Vaccine operations Central Provinces 1900-1911 - 1900-1911
Year: 1900
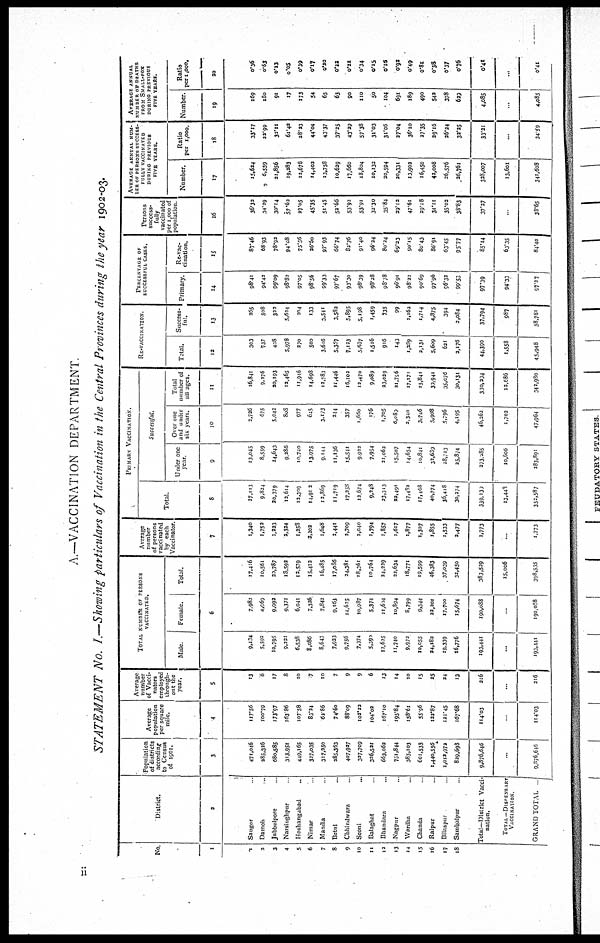
A.—VACCINATION DEPARTMENT.
STATEMENT No. I.—Showing particulars of Vaccination in the Central Provinces during the year 1902-03.
No
1
1
2
3
4
5
6
7
8
9
10
11
12
13
14
15
16
17
18
District.
2
Saugor ...
Damoh ...
Jubbulpore ...
Narsinghpur ...
Hoshangabad ...
Nimar ...
Mandla ...
Betul ...
Chhindwara ...
Seoni ...
Balaghat ...
Bhandara ...
Nagpur ...
Wardha ...
Chanda ...
Raipur ...
Bilaspur ...
Sambalpur ...
Total—District Vacci-
nation.
TOTAL—DISPENSARY
VACCINATION
GRAND TOTAL
Population
of districts
according
to Census
of 1901.
3
471,046
285,326
680,585
313,951
449,165
327,035
317,250
285,363
407,927
337,709
326,521
663,062
751,844
385,103
601,533
1,440,556
1,012,972
829,698
9,876,646
...
9,876,646
Average
population
per square
mile.
4
117.56
100.79
173.97
163.86
107.58
83.24
62.86
74.60
88.09
102.33
104.02
167.10
195.84
158.61
55.96
122.87
121.45
167.68
114.03
...
114.03
Average
number
of Vacci-
nators
employed
through-
out the
year.
5
13
6
17
8
10
7
10
7
9
9
6
13
14
10
15
25
24
13
216
...
216
TOTAL NUMBER OF PERSONS
VACCINATED.
Male
Female
Total.
6
9,434
5,592
10,795
9,231
6,538
8,086
8,643
7,933
9,756
7,374
5,390
12,625
11,740
9,972
10,055
24,183
19,339
16,776
193,441
...
193,111
7,983
4,969
9,992
9,371
6,041
7,326
7,842
9,163
14,625
10,987
5,374
11,604
10,894
8,799
9,544
23,201
17,700
15,674
190,088
...
190,088
17,416
10,561
30,787
18,592
12,579
15,412
16,485
17,086
24,381
18,361
10,764
24,229
22,634
18,771
19,599
46,383
37,039
32,450
383,529
15,006
398,535
Average
number
of persons
vaccinated
by each
Vaccinator.
7
1,340
1,752
1,223
2,324
1,258
3,202
1,648
2,441
2,709
2,040
1,794
1,857
1,617
1,877
1,307
1,855
1,533
2,477
1,773
...
1,773
PRIMARY VACCINATION.
Total.
8
17,113
9,824
20,379
13,614
13,309
14,912
12,869
11,719
17,258
12,674
9,248
23,313
22,491
17,483
17,468
40,774
36,418
30,274
339,130
13,443
352,587
Successful.
Under one
year.
9
13,045
8,559
14,643
9,286
10,740
13,975
9,144
11,136
15,541
9,922
7,954
21,062
15,507
14,654
10,841
32,639
28,713
25,874
273.285
10,606
283,891
Over one
and under
six years.
10
2,726
675
5,042
808
977
645
3,173
244
357
1,660
176
1,705
6,089
2,340
3,746
5,908
5,796
4,195
46,262
1,702
47,964
Total
number of
all ages.
11
16,841
9,276
20,193
12,465
11,946
14,698
12,783
11,446
16,102
12,470
9,089
23,029
21,796
17,171
15,841
39,941
35,076
30,131
330,204
12,686
342,980
RE-VACCINATION.
Total.
12
303
737
408
5,978
270
500
3,616
5,357
7,123
5,637
1,516
916
143
1,389
2,131
5,609
621
2,176
44,390
1,558
45,948
Success-
ful.
13
265
508
323
5,624
204
133
3,541
3,582
5,895
5,198
1,459
735
99
1,162
1,714
4,875
394
2,084
37,794
987
38,781
PERCENTAGE OF
SUCCESSFUL CASES.
Primary.
14
98.41
94.42
99.09
98.83
97.05
98.56
99.33
97.67
93.30
98.39
98.28
98.78
96.91
98.33
90.69
97.96
96.32
99.53
97.39
94.33
97.37
Re-vac-
cination.
15
87.46
68.93
78.92
94.08
75.56
26.50
97.93
66.74
82.76
91.40
96.24
80.24
69.23
90.15
80.43
86.91
63.45
95.77
85.14
63.35
84.40
Persons
success-
fully
vaccinated
per 1,000 of
population
16
36.32
34.29
30.14
57.62
27.05
45.35
51.45
52.66
53.92
53.91
32.30
35.84
29.12
47.61
29.18
31.11
35.02
38.83
37.27
...
38.65
AVERAGE ANNUAL NUM-
--- OF PERSONS SUCCESS-
FULLY VACCINATED
DURING PREVIOUS
FIVE YEARS.
Number.
17
15,624
6,559
21,856
19,283
12,678
14,402
13,758
10,629
17,660
18,804
10,132
20,594
20,331
13,902
16,450
43,008
26,576
26,761
328,007
13,601
341,608
Ratio
per 1,000.
18
33.17
22.99
32.11
61.42
28.23
44.04
43.37
37.25
43.29
57.38
31.03
31.06
27.04
36.10
27.35
29.16
26.24
32.25
33.21
...
34.59
AVERAGE ANNUAL
NUMBER OF DEATHS
FROM SMALL-POX
DURING PREVIOUS
FIVE YEARS.
Number.
19
169
180
91
17
173
54
65
63
90
110
50
104
691
189
490
542
378
629
4,085
...
4,085
Ratio
per 1,000.
20
0.36
0.63
0.13
0.05
0.39
0.17
0.20
0.22
0.22
0.34
0.15
0.16
0.92
0.49
0.81
0.38
0.37
0.76
0.41
...
0.41
ii